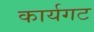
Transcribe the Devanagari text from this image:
कार्यगट